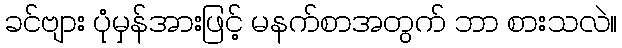
ခင်ဗျား ပုံမှန်အားဖြင့် မနက်စာအတွက် ဘာ စားသလဲ။